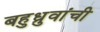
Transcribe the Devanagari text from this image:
बहुध्रुवांची